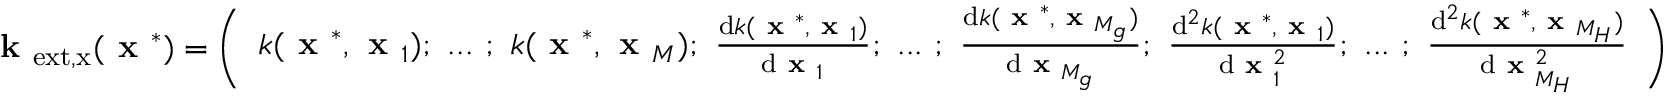
\textbf { k } _ { \mathrm { e x t , x } } ( \textbf { x } ^ { * } ) = \left( \begin{array} { l } { k ( \textbf { x } ^ { * } , \textbf { x } _ { 1 } ) ; ~ . . . ~ ; ~ k ( \textbf { x } ^ { * } , \textbf { x } _ { M } ) ; ~ \frac { \mathrm { d } k ( \textbf { x } ^ { * } , \textbf { x } _ { 1 } ) } { \mathrm { d } \textbf { x } _ { 1 } } ; ~ . . . ~ ; ~ \frac { \mathrm { d } k ( \textbf { x } ^ { * } , \textbf { x } _ { M _ { g } } ) } { \mathrm { d } \textbf { x } _ { M _ { g } } } ; ~ \frac { \mathrm { d } ^ { 2 } k ( \textbf { x } ^ { * } , \textbf { x } _ { 1 } ) } { \mathrm { d } \textbf { x } _ { 1 } ^ { 2 } } ; ~ . . . ~ ; ~ \frac { \mathrm { d } ^ { 2 } k ( \textbf { x } ^ { * } , \textbf { x } _ { M _ { H } } ) } { \mathrm { d } \textbf { x } _ { M _ { H } } ^ { 2 } } } \end{array} \right)